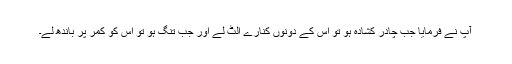
آپ نے فرمایا جب چادر کشادہ ہو تو اس کے دونوں کنارے الٹ لے اور جب تنگ ہو تو اس کو کمر پر باندھ لے۔